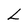
Character: L